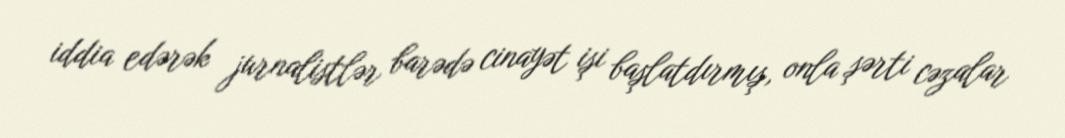
iddia edərək jurnalistlər barədə cinayət işi başlatdırmış, onla şərti cəzalar